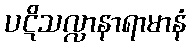
ပဋိသလ္လာနာရာမာနံ